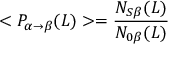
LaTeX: < P _ { \alpha \rightarrow \beta } ( L ) > = { \frac { N _ { S \beta } ( L ) } { N _ { 0 \beta } ( L ) } }